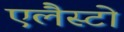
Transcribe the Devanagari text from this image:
एलैस्टो